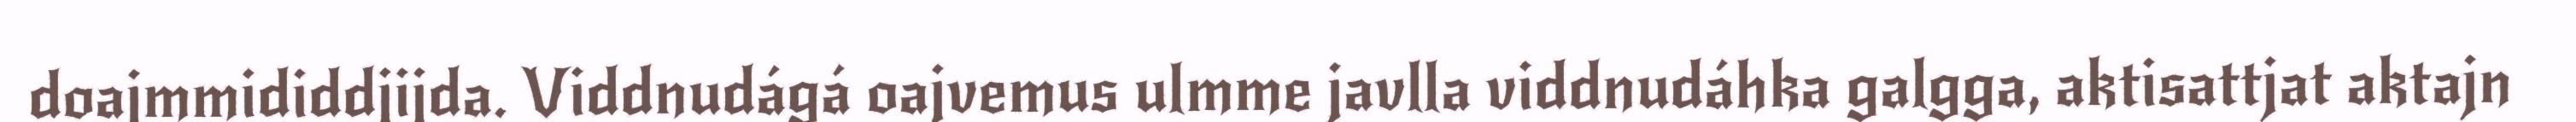
doajmmididdjijda. Viddnudágá oajvemus ulmme javlla viddnudáhka galgga, aktisattjat aktajn